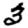
Digit: 3